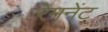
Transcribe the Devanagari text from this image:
रेमनेंट